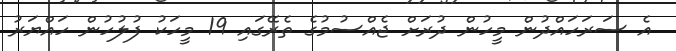
އެ ސަރަހައްދުން މީހުން ދުރަށް ޖެއްސުމުގެ ތެރޭގައި 19 މީހަކު ފުލުހުން ހައްޔަރު